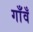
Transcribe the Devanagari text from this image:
गाँवँ